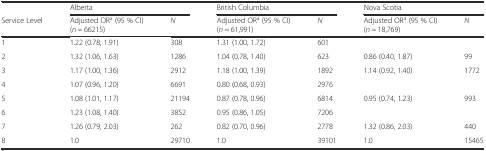
<table><thead><tr><td></td><td colspan="2"><b>Alberta</b></td><td colspan="2"><b>British Columbia</b></td><td colspan="2"><b>Nova Scotia</b></td></tr><tr><td><b>Service Level</b></td><td><b>Adjusted OR<sup>a</sup> (95 % CI) (<i>n</i> = 66215)</b></td><td><b><i>N</i></b></td><td><b>Adjusted OR<sup>a</sup> (95 % CI) (<i>n</i> = 61,991)</b></td><td><b><i>N</i></b></td><td><b>Adjusted OR<sup>a</sup> (95 % CI) (<i>n</i> = 18,769)</b></td><td><b><i>N</i></b></td></tr></thead><tbody><tr><td>1</td><td>1.22 (0.78, 1.91)</td><td>308</td><td>1.31 (1.00, 1.72)</td><td>601</td><td colspan="2"></td></tr><tr><td>2</td><td>1.32 (1.06, 1.63)</td><td>1286</td><td>1.04 (0.78, 1.40)</td><td>623</td><td>0.86 (0.40, 1.87)</td><td>99</td></tr><tr><td>3</td><td>1.17 (1.00, 1.36)</td><td>2912</td><td>1.18 (1.00, 1.39)</td><td>1892</td><td>1.14 (0.92, 1.40)</td><td>1772</td></tr><tr><td>4</td><td>1.07 (0.96, 1.20)</td><td>6691</td><td>0.80 (0.68, 0.93)</td><td>2976</td><td colspan="2"></td></tr><tr><td>5</td><td>1.08 (1.01, 1.17)</td><td>21194</td><td>0.87 (0.78, 0.96)</td><td>6814</td><td>0.95 (0.74, 1.23)</td><td>993</td></tr><tr><td>6</td><td>1.23 (1.08, 1.40)</td><td>3852</td><td>0.95 (0.86, 1.05)</td><td>7206</td><td colspan="2"></td></tr><tr><td>7</td><td>1.26 (0.79, 2.03)</td><td>262</td><td>0.82 (0.70, 0.96)</td><td>2778</td><td>1.32 (0.86, 2.03)</td><td>440</td></tr><tr><td>8</td><td>1.0</td><td>29710</td><td>1.0</td><td>39101</td><td>1.0</td><td>15465</td></tr></tbody></table>